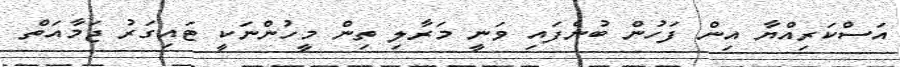
އަސްކަރިއްޔާ އިން ފަހުން ބުނެފައި ވަނީ މަރާލި ތިން މީހުންނަކީ ޓައިގަރު ޖަމާއަތް